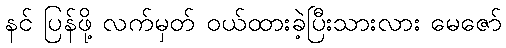
နင် ပြန်ဖို့ လက်မှတ် ဝယ်ထားခဲ့ပြီးသားလား မေဇော်